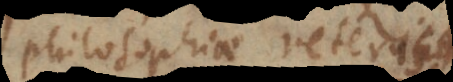
philosophiae veteris